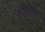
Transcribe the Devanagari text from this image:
अतिविशिष्ठ